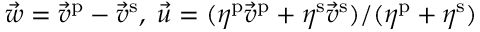
\vec { w } = \vec { v } ^ { \mathrm { p } } - \vec { v } ^ { \mathrm { s } } , \; \vec { u } = ( \eta ^ { \mathrm { p } } \vec { v } ^ { \mathrm { p } } + \eta ^ { \mathrm { s } } \vec { v } ^ { \mathrm { s } } ) / ( \eta ^ { \mathrm { p } } + \eta ^ { \mathrm { s } } )